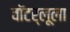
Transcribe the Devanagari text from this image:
वॉटर्लूला